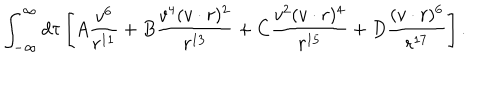
LaTeX: \int _ { - \infty } ^ { \infty } d \tau \left[ A \frac { v ^ { 6 } } { r ^ { 1 1 } } + B \frac { v ^ { 4 } ( v \cdot r ) ^ { 2 } } { r ^ { 1 3 } } + C \frac { v ^ { 2 } ( v \cdot r ) ^ { 4 } } { r ^ { 1 5 } } + D \frac { ( v \cdot r ) ^ { 6 } } { r ^ { 1 7 } } \right] .